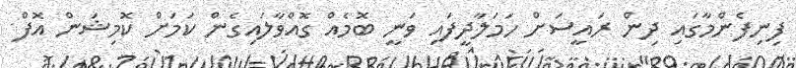
ފިނިފެންމާގައި ދިން ރައީސަށް ހަމަލާދީފައި ވަނީ ބޮމެއް ގޮއްވާލައިގެން ކަމަށް ކޮމިޝަން އޮފް